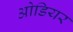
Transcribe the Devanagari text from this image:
ओडियर